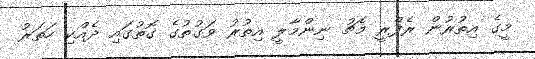
މީގެ އިތުރުން ރެފްރީ މެޗު ނިންމާލީ އިތުރު ވަގުތުގެ ގޮތުގައި ދެއްކި ހަތަރު